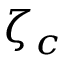
\zeta _ { c }